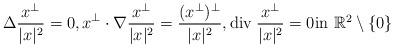
LaTeX: \begin{align*}\Delta\frac{x^\perp}{|x|^2}=0, x^\perp\cdot\nabla\frac{x^\perp}{|x|^2}=\frac{(x^\perp)^\perp}{|x|^2}, \mbox{div}\;\frac{x^\perp}{|x|^2}=0 \mbox{in $\mathbb R^2\setminus\{0\}$}\end{align*}